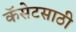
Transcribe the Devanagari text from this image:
कॅसेटसाठी